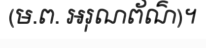
(ម.ព. អរុណព័ណ៌)។